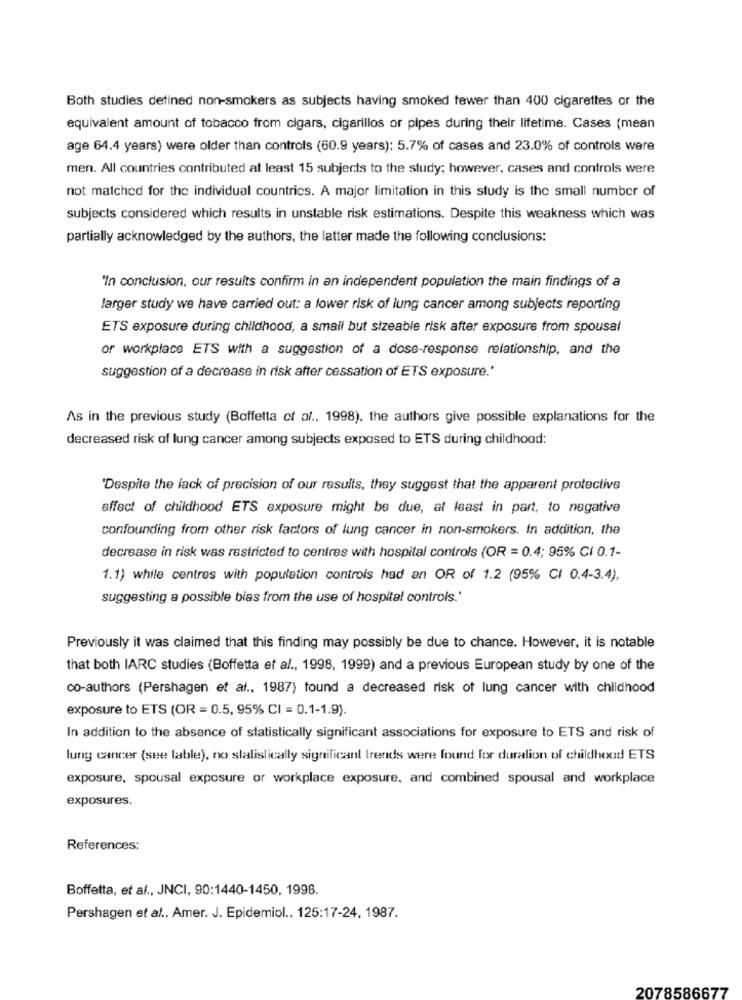
Both studies defined non-smokers as subjects having smoked fewer than 400 cigarettes or the
equivalent amount of tobacco from cigars, cigarillos or pipes during their lifetime. Cases (mean
age 64.4 years) were older than controls (60.9 years); 5.7% of cases and 23.0% of controls were
men. All countries contributed at least 15 subjects to the study: however, cases and controls were
not matched for the individual countries. A major limitation in this study is the small number of
subjects considered which results in unstable risk estimations. Despite this weakness which was
partially acknowledged by the authors, the latter made the following conclusions:
'In conclusion, our results confirm in an independent population the main findings of a
larger study we have carried out: a lower risk of lung cancer among subjects reporting
ETS exposure during childhood, a small but sizeable risk after exposure from spousal
or workplace ETS with a suggestion of a dose-response relationship, and the
suggestion of a decrease in risk after cessation of ETS exposure.'
As in the previous study (Boffetta of al ., 1998). the authors give possible explanations for the
decreased risk of lung cancer among subjects exposed to ETS during childhood:
'Despite the lack of precision of our results, they suggest that the apparent protective
effect of childhood ETS exposure might be due, at least in part, to negative
confounding from other risk factors of lung cancer in non-smokers. In addition, the
decrease in risk was restricted to centres with hospital controls (OR = 0.4; 95% CI 0.1-
1.1) while centres with population controls had an OR of 1.2 (95% CI 0.4-3.4),
suggesting a possible bias from the use of hospital controls.'
Previously it was claimed that this finding may possibly be due to chance. However, it is notable
that both IARC studies (Boffetta et al ., 1998, 1999) and a previous European study by one of the
co-authors (Pershagen et al ., 1987) found a decreased risk of lung cancer with childhood
exposure to ETS (OR = 0.5, 95% CI = 0.1-1.9).
In addition to the absence of statistically significant associations for exposure to ETS and risk of
lung cancer (see lable), no slalislically significant trends were found for duration of childhood ETS
exposure, spousal exposure or workplace exposure, and combined spousal and workplace
exposures.
References:
Boffetta, et al ., JNCI, 90:1440-1450, 1998.
Pershagen et al ., Amer. J. Epidemiol ., 125:17-24, 1987.
2078586677